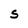
Character: S